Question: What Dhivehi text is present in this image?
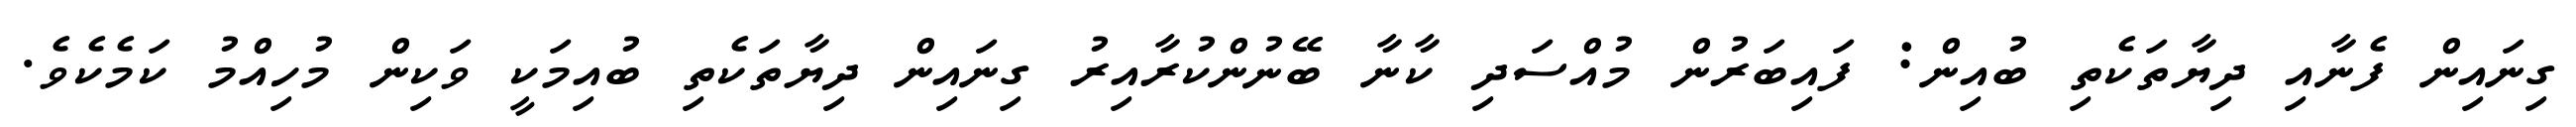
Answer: ގިނައިން ފެނާއި ދިޔާތަކެތި ބުއިން: ފައިބަރުން މުއްސަދި ކާނާ ބޭނުންކުރާއިރު ގިނައިން ދިޔާތަކެތި ބުއިމަކީ ވަކިން މުހިއްމު ކަމެކެވެ.